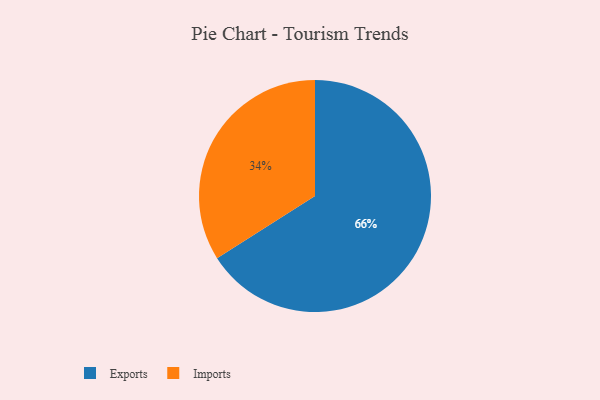
{"axis": {"x": "Category", "y": "Percentage"}, "legend": ["Exports", "Imports"], "data": [{"x": "Exports", "y": 66, "type": "Exports"}, {"x": "Imports", "y": 34, "type": "Imports"}]}